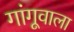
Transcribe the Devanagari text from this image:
गांगूवाला